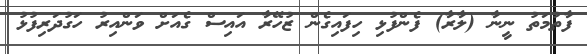
ފާތުމަތު ނީނާ (ލާރާ) ފެންފުޅި ހިފައިގެން ޒުހޭރާ އައިސް ގެއަށް ވަންއިރު ހަގުދަރިފުޅު